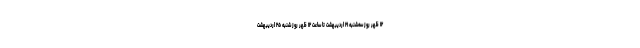
۱۲ ظهر روز سه‌شنبه ۲۱ اردیبهشت تا ساعت ۱۲ ظهر روز شنبه ۲۵ اردیبهشت